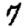
Digit: 7